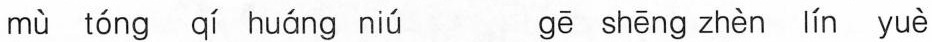
mù tóng qí huáng niú gē shēng zhèn lín yuè